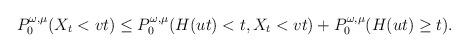
LaTeX: \begin{align*}P^{\omega,\mu}_0(X_t<vt) \le P^{\omega,\mu}_0(H(ut)< t, X_t<vt)+P^{\omega,\mu}_0(H(ut)\ge t). \end{align*}